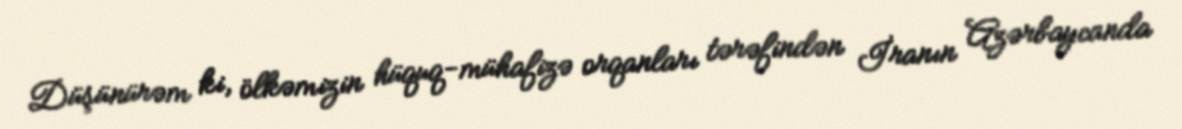
Düşünürəm ki, ölkəmizin hüquq-mühafizə orqanları tərəfindən İranın Azərbaycanda